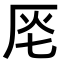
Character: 𠩔